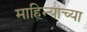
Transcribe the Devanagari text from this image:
माहिन्याच्या